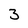
Character: 3